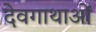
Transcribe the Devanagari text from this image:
देवगाथाओं